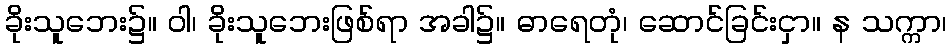
ခိုးသူဘေး၌။ ဝါ၊ ခိုးသူဘေးဖြစ်ရာ အခါ၌။ ဓာရေတုံ၊ ဆောင်ခြင်းငှာ။ န သက္ကာ၊